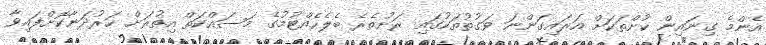
އެންމެ ގިނައިން ކުށްތަަކަށް އަރައިގަންނަ ވަގުތުތަކުގައި ރަށުތެރެ ބެލެހެއްޓުމުގެ މަސައްކަތް އިތުރަށް ހަރުދަނާކޮށްފައިވާ